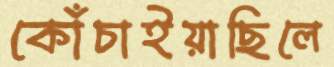
কোঁচাইয়াছিলে